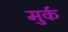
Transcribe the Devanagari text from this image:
मुर्क